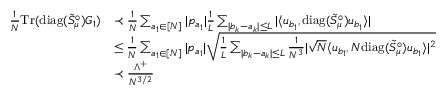
\begin{array} { r l } { \frac { 1 } { N } \mathrm { T r } ( \mathrm { d i a g } ( \tilde { S } _ { \mu } ^ { \circ } ) G _ { 1 } ) } & { \prec \frac { 1 } { N } \sum _ { a _ { 1 } \in [ N ] } | p _ { a _ { 1 } } | \frac { 1 } { L } \sum _ { | b _ { k } - a _ { k } | \le L } | \langle u _ { b _ { 1 } } , \mathrm { d i a g } ( \tilde { S } _ { \mu } ^ { \circ } ) u _ { b _ { 1 } } \rangle | } \\ & { \le \frac { 1 } { N } \sum _ { a _ { 1 } \in [ N ] } | p _ { a _ { 1 } } | \sqrt { \frac { 1 } { L } \sum _ { | b _ { k } - a _ { k } | \le L } \frac { 1 } { N ^ { 3 } } | \sqrt { N } \langle u _ { b _ { 1 } } , N \mathrm { d i a g } ( \tilde { S } _ { \mu } ^ { \circ } ) u _ { b _ { 1 } } \rangle | ^ { 2 } } } \\ & { \prec \frac { \Lambda ^ { + } } { N ^ { 3 / 2 } } } \end{array}